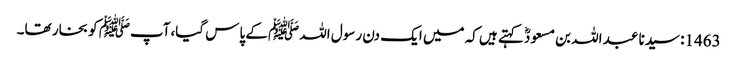
1463: سیدنا عبد اللہ بن مسعودؓ کہتے ہیں کہ میں ایک دن رسول اللہﷺ کے پاس گیا،آپﷺ کو بخار تھا۔